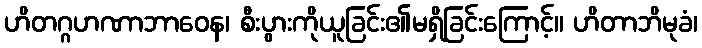
ဟိတဂ္ဂဟဏာဘာဝေန၊ စီးပွားကိုယူခြင်း၏မရှိခြင်းကြောင့်။ ဟိတာဘိမုခံ၊